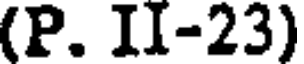
(P. II-23)